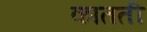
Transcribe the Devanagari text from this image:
कातती